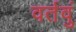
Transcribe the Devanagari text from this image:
वर्तवुं